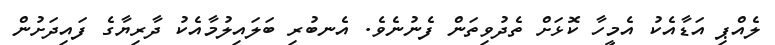
ލެއްޕި އަޑާއެކު އެމީހާ ކޮޅަށް ތެދުވިތަން ފެނުނެވެ. އެނބުރި ބަލައިލުމާއެކު ދާރިޔާގެ ފައިދަށުން